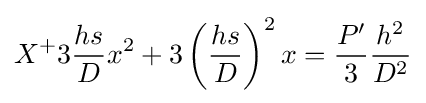
X^{+}3{\frac {hs}{D}}x^{2}+3\left({\frac {hs}{D}}\right)^{2}x={\frac {P'}{3}}{\frac {h^{2}}{D^{2}}}